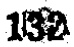
132